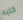
كتبه